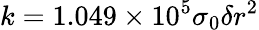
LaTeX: k=1.049\times 10^{5}\sigma_{0}\delta r^{2}